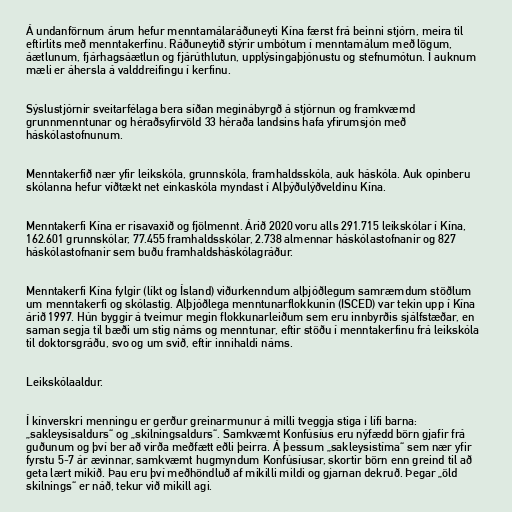
Á undanförnum árum hefur menntamálaráðuneyti Kína færst frá beinni stjórn, meira til
eftirlits með menntakerfinu. Ráðuneytið stýrir umbótum í menntamálum með lögum,
áætlunum, fjárhagsáætlun og fjárúthlutun, upplýsingaþjónustu og stefnumótun. Í auknum
mæli er áhersla á valddreifingu í kerfinu.

Sýslustjórnir sveitarfélaga bera síðan meginábyrgð á stjórnun og framkvæmd
grunnmenntunar og héraðsyfirvöld 33 héraða landsins hafa yfirumsjón með
háskólastofnunum.

Menntakerfið nær yfir leikskóla, grunnskóla, framhaldsskóla, auk háskóla. Auk opinberu
skólanna hefur víðtækt net einkaskóla myndast í Alþýðulýðveldinu Kína.

Menntakerfi Kína er risavaxið og fjölmennt. Árið 2020 voru alls 291.715 leikskólar í Kína,
162.601 grunnskólar, 77.455 framhaldsskólar, 2.738 almennar háskólastofnanir og 827
háskólastofnanir sem buðu framhaldsháskólagráður.

Menntakerfi Kína fylgir (líkt og Ísland) viðurkenndum alþjóðlegum samræmdum stöðlum
um menntakerfi og skólastig. Alþjóðlega menntunarflokkunin (ISCED) var tekin upp í Kína
árið 1997. Hún byggir á tveimur megin flokkunarleiðum sem eru innbyrðis sjálfstæðar, en
saman segja til bæði um stig náms og menntunar, eftir stöðu í menntakerfinu frá leikskóla
til doktorsgráðu, svo og um svið, eftir innihaldi náms.

Leikskólaaldur.

Í kínverskri menningu er gerður greinarmunur á milli tveggja stiga í lífi barna:
„sakleysisaldurs“ og „skilningsaldurs“. Samkvæmt Konfúsíus eru nýfædd börn gjafir frá
guðunum og því ber að virða meðfætt eðli þeirra. Á þessum „sakleysistíma“ sem nær yfir
fyrstu 5-7 ár ævinnar, samkvæmt hugmyndum Konfúsíusar, skortir börn enn greind til að
geta lært mikið. Þau eru því meðhöndluð af mikilli mildi og gjarnan dekruð. Þegar „öld
skilnings“ er náð, tekur við mikill agi.